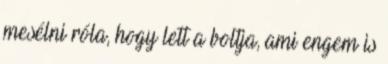
mesélni róla, hogy lett a boltja, ami engem is